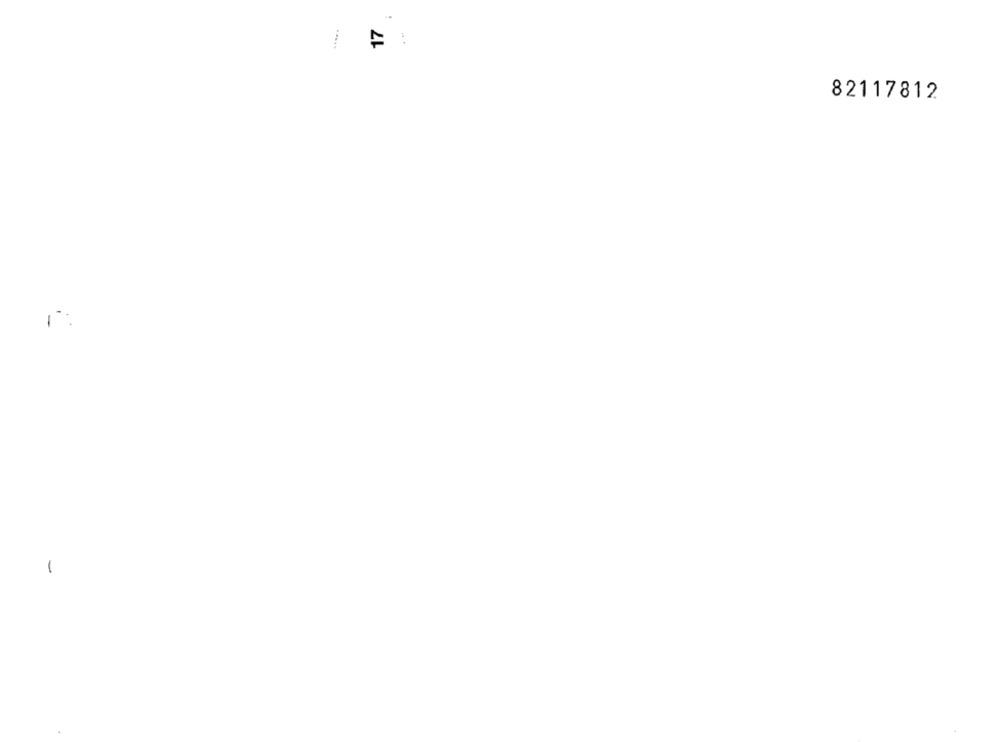
17
82117812
1:
1